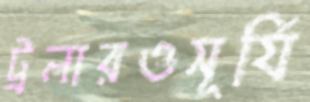
ট্রলারওসূর্যি